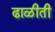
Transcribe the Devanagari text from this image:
ढाळीती